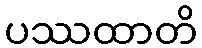
ပဿထာတိ